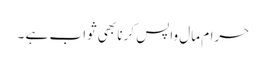
حرام مال واپس کرنا بھی ثواب ہے ۔